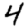
Digit: 4